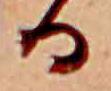
る